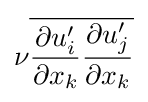
\nu {\overline {{\frac {\partial u_{i}^{\prime }}{\partial x_{k}}}{\frac {\partial u_{j}^{\prime }}{\partial x_{k}}}}}